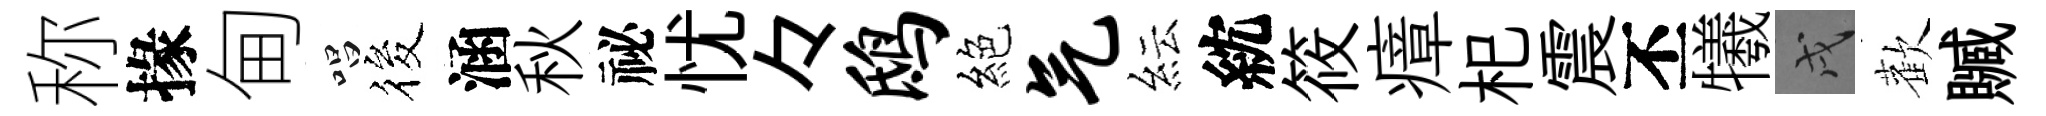
称掾甸唱筱涵秋祕忧々鸱絕气紜紞筱瘴𣏌震丕犧戌歡贓